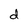
Character: d